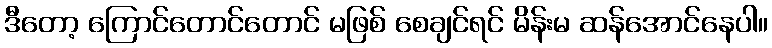
ဒီတော့ ကြောင်တောင်တောင် မဖြစ် စေချင်ရင် မိန်းမ ဆန်အောင်နေပါ။